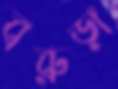
বরুড়া